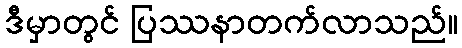
ဒီမှာတွင် ပြဿနာတက်လာသည်။